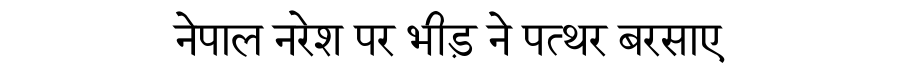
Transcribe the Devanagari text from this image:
नेपाल नरेश पर भीड़ ने पत्थर बरसाए